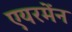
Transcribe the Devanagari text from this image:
एयरमेंन